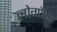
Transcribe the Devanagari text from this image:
लोगोंका